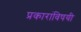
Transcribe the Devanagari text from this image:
प्रकारांविषयी